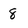
Character: 8